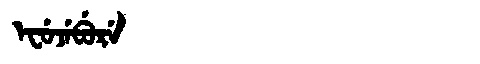
Manchu: ᡝᠸᡠᠵᡝᠪᡠᡵᡝ
Romanization: EFUJEBURE